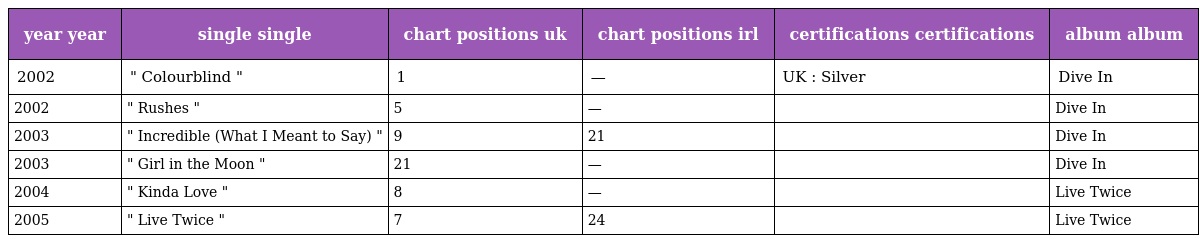
| year year | single single | chart positions uk | chart positions irl | certifications certifications | album album |
 | --- | --- | --- | --- | --- | --- |
 | 2002 | " Colourblind " | 1 | — | UK : Silver | Dive In |
 | 2002 | " Rushes " | 5 | — |  | Dive In |
 | 2003 | " Incredible (What I Meant to Say) " | 9 | 21 |  | Dive In |
 | 2003 | " Girl in the Moon " | 21 | — |  | Dive In |
 | 2004 | " Kinda Love " | 8 | — |  | Live Twice |
 | 2005 | " Live Twice " | 7 | 24 |  | Live Twice |